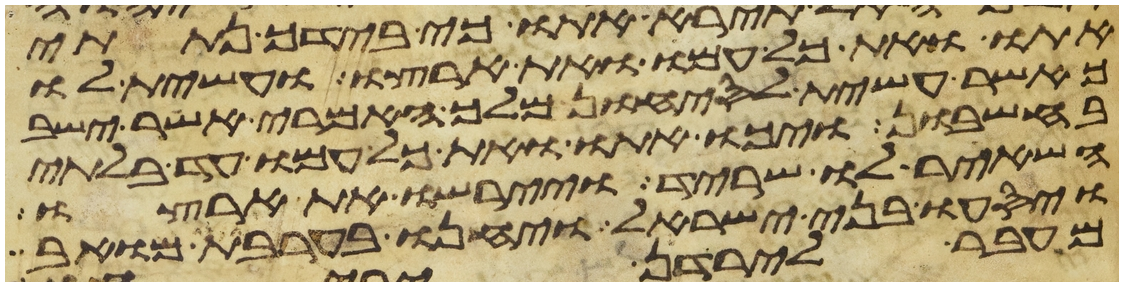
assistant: אתו ואת כל עמו ואת ארצו ועשית לו
כאשר עשית לסיחון מלך האמרי אשר ישב
בחשבון ויכו אתו ואת כל עמו עד בלתי
השאיר לו שריד ויירשו את ארצו
ויסעו בני ישראל ויחנו בערבת מואב